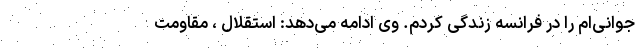
جوانی‌ام را در فرانسه زندگی کردم. وی ادامه می‌دهد: استقلال ، مقاومت